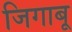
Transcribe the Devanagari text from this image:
जिगाबू